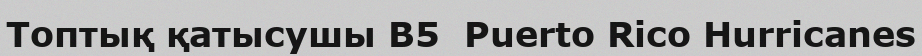
Топтық қатысушы B5  Puerto Rico Hurricanes